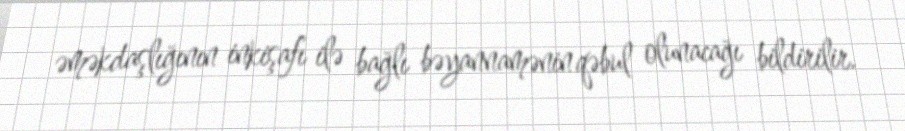
əməkdaşlığının inkişafı ilə bağlı bəyannamənin qəbul olunacağı bildirilir.